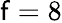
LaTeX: \mathsf{f}=8